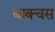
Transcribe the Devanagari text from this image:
बाक्चस